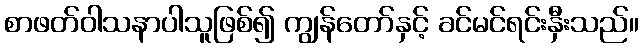
စာဖတ်ဝါသနာပါသူဖြစ်၍ ကျွန်တော်နှင့် ခင်မင်ရင်းနှီးသည်။